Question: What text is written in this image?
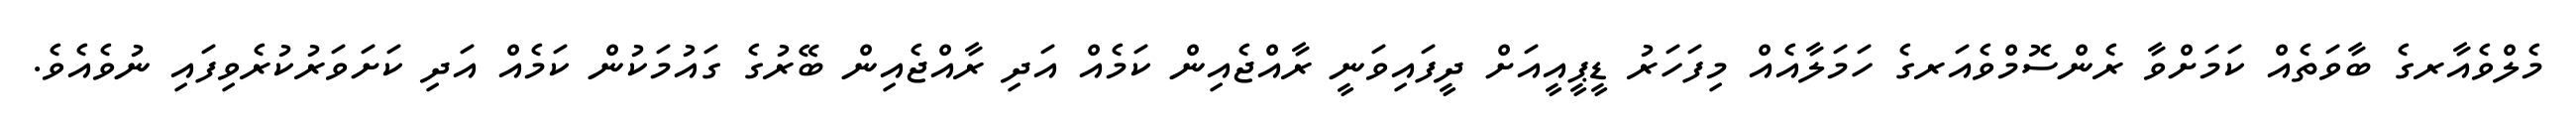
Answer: މެލްވެއާރގެ ބާވަތެއް ކަމަށްވާ ރެންސޮމްވެއަރގެ ހަމަލާއެއް މިފަހަރު ޑީޕީއީއަށް ދީފައިވަނީ ރާއްޖެއިން ކަމެއް އަދި ރާއްޖެއިން ބޭރުގެ ގައުމަކުން ކަމެއް އަދި ކަށަވަރުކުރެވިފައި ނުވެއެވެ.